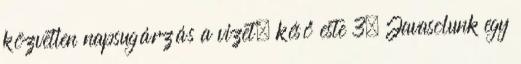
közvetlen napsugárzás a vizet, késő este 3. Javasolunk egy